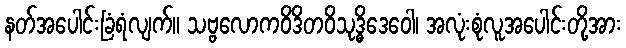
နတ်အပေါင်းခြံရံလျက်။ သဗ္ဗလောကဝိဒိတဝိသုဒ္ဓိဒေဝေါ၊ အလုံးစုံလူအပေါင်းတို့အား